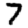
Digit: 7